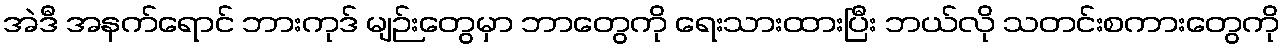
အဲဒီ အနက်ရောင် ဘားကုဒ် မျဉ်းတွေမှာ ဘာတွေကို ရေးသားထားပြီး ဘယ်လို သတင်းစကားတွေကို